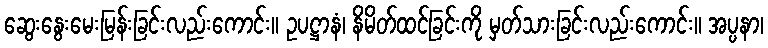
ဆွေးနွေးမေးမြန်းခြင်းလည်းကောင်း။ ဥပဋ္ဌာနံ၊ နိမိတ်ထင်ခြင်းကို မှတ်သားခြင်းလည်းကောင်း။ အပ္ပနာ၊